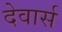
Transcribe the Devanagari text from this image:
देवार्स